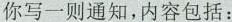
你写一则通知，内容包括：